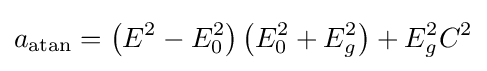
a_{\mathrm {atan} }=\left(E^{2}-E_{0}^{2}\right)\left(E_{0}^{2}+E_{g}^{2}\right)+E_{g}^{2}C^{2}